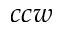
c c w